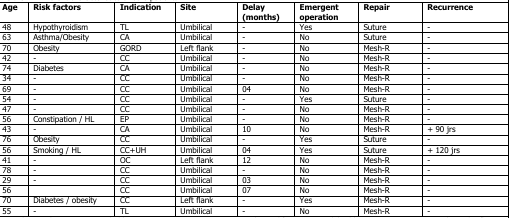
| Age | Risk factors | Indication | Site | Delay (months) | Emergent operation | Repair | Recurrence |
 | --- | --- | --- | --- | --- | --- | --- | --- |
 | 48 | Hypothyroidism | TL | Umbilical | - | Yes | Suture | - |
 | 63 | Asthma/Obesity | CA | Umbilical | - | No | Suture | - |
 | 70 | Obesity | GORD | Left flank | - | No | Mesh-R | - |
 | 42 | - | CC | Umbilical | - | No | Mesh-R | - |
 | 74 | Diabetes | CA | Umbilical | - | No | Mesh-R | - |
 | 34 | - | CC | Umbilical | - | No | Mesh-R | - |
 | 69 | - | CC | Umbilical | 04 | No | Mesh-R | - |
 | 54 | - | CC | Umbilical | - | Yes | Suture | - |
 | 47 | - | CC | Umbilical | - | No | Mesh-R | - |
 | 56 | Constipation / HL | EP | Umbilical | - | No | Mesh-R | - |
 | 43 | - | CA | Umbilical | 10 | No | Mesh-R | + 90 jrs |
 | 76 | Obesity | CC | Umbilical | - | Yes | Suture | - |
 | 56 | Smoking / HL | CC+UH | Umbilical | 04 | Yes | Suture | + 120 jrs |
 | 41 | - | OC | Left flank | 12 | No | Mesh-R | - |
 | 78 | - | CC | Umbilical | - | No | Mesh-R | - |
 | 29 | - | CC | Umbilical | 03 | No | Mesh-R | - |
 | 56 |  | CC | Umbilical | 07 | No | Mesh-R | - |
 | 70 | Diabetes / obesity | CC | Left flank | - | Yes | Mesh-R | - |
 | 55 | - | TL | Umbilical | - | No | Mesh-R | - |